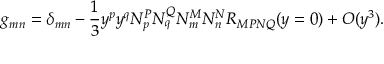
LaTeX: g _ { m n } = \delta _ { m n } - \frac { 1 } { 3 } y ^ { p } y ^ { q } N _ { p } ^ { P } N _ { q } ^ { Q } N _ { m } ^ { M } N _ { n } ^ { N } R _ { M P N Q } ( y = 0 ) + { \cal O } ( y ^ { 3 } ) .